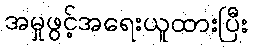
အမှုဖွင့်အရေးယူထားပြီး